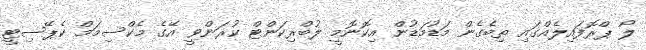
ލޯ ޕްރޮފައިލެއްގައި ތިބެގެން މަޑުމަޑުން އިކޮނޮމީ ލުބްރިކަންޓް ކުރަންވީ އޭގެ މެކްސިމަމް ކެޕޭސިޓީ